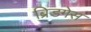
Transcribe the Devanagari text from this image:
ब्रिडगेस